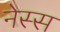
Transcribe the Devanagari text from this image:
नेस्स